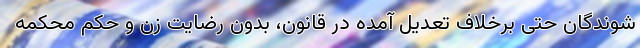
شوندگان حتی برخلاف تعدیل آمده در قانون، بدون رضایت زن و حکم محکمه